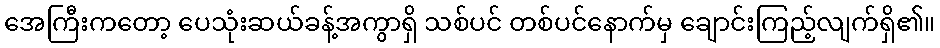
အေကြီးကတော့ ပေသုံးဆယ်ခန့်အကွာရှိ သစ်ပင် တစ်ပင်နောက်မှ ချောင်းကြည့်လျက်ရှိ၏။